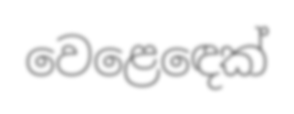
වෙළෙඳෙක්